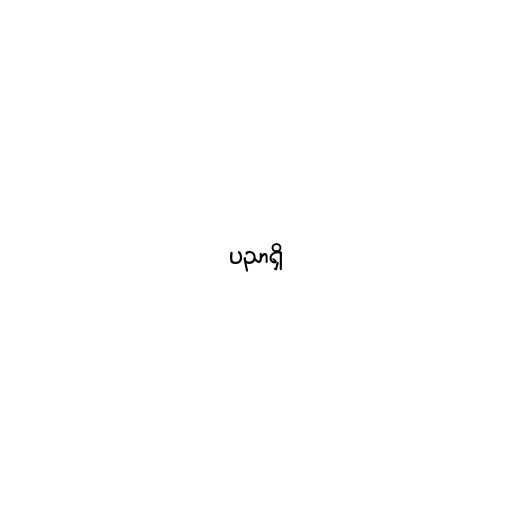
ပညာရှိ